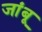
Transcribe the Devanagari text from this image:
जांबू